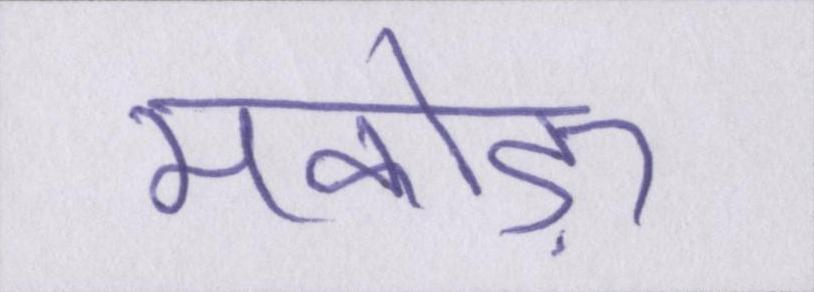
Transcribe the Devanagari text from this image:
मकोड़ा